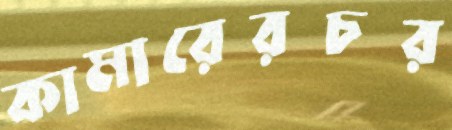
কামারেরচর